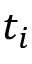
t _ { i }